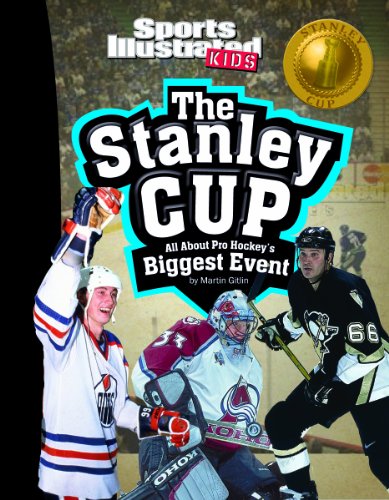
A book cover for The Stanley Cup: All about Pro Hockey's Biggest Event (Winner Takes All); Martin Gitlin; Children's Books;